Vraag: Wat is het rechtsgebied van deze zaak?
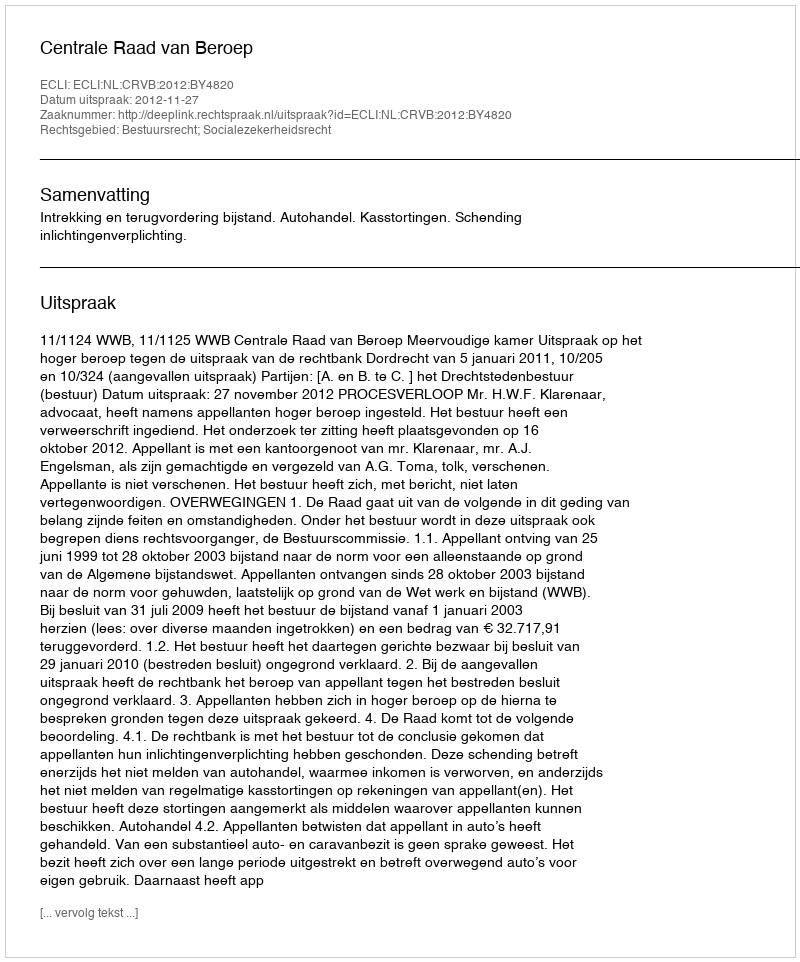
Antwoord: Bestuursrecht; Socialezekerheidsrecht